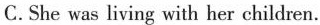
C. She was living with her children.